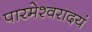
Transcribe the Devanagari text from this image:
पारमेश्वरादयं